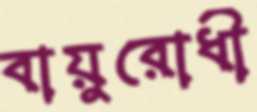
বায়ুরোধী